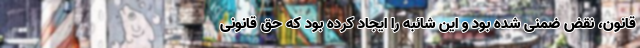
قانون، نقض ضمنی شده بود و این شائبه را ایجاد کرده بود که حق قانونی